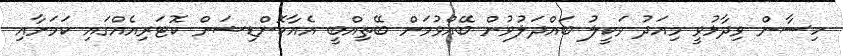
ހިސާން ވިދާޅުވީ މިއަދު ވަކީލު ބައްދަލުވުން ބޭއްވުމަށް ބޭތިއްބީ އެއާކޮންޑިޝަން ކޮޓަރިއެއްގައި ކަމަށާއި